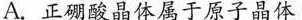
A.正硼酸晶体属于原子晶体